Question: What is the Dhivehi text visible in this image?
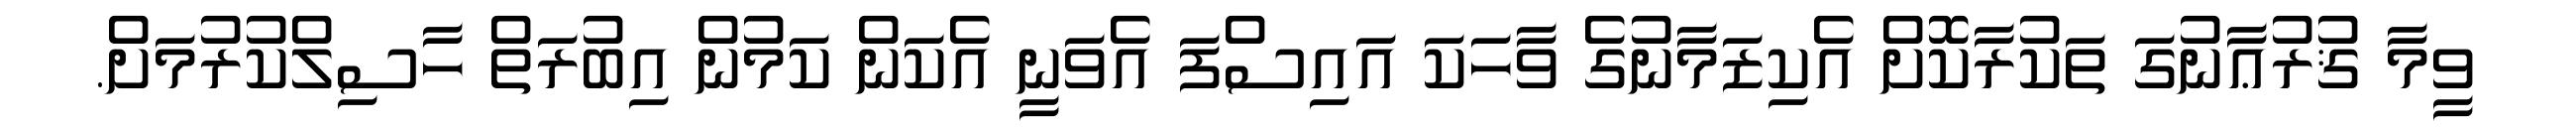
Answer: ވީމާ ޤުރުޢާނުގަ ތަކުރާކޮށް އެކިޒަމާނުގެ ވާހަކަ އައިސްފަ އެވަނީ އެކަން ކަމުން އިބުރަތް ހާސިލްކުރުމަށް.